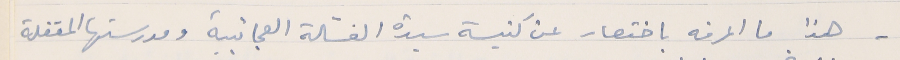
- هذا ما اعرفه باختصار عن كنيسة سيدة الغسَالة العجائبية ومدرستها المقفلة